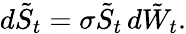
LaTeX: d{\tilde{S}}_{t}=\sigma{\tilde{S}}_{t}\, d{\tilde{W}}_{t}.